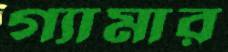
গ্যামার